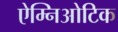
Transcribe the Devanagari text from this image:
ऐम्निओटिक